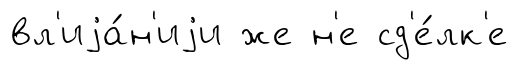
вл'иjа́н'иjи же н'е сд'е́лк'е